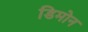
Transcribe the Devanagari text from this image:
डिमोन